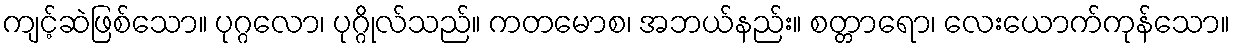
ကျင့်ဆဲဖြစ်သော။ ပုဂ္ဂလော၊ ပုဂ္ဂိုလ်သည်။ ကတမောစ၊ အဘယ်နည်း။ စတ္တာရော၊ လေးယောက်ကုန်သော။